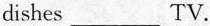
dishes___TV.